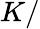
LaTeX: K/